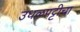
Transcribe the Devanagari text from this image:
उधळपट्टीचा